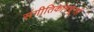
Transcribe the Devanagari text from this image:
संगीतिकांमधूनही